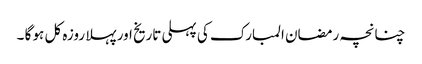
چنانچہ رمضان المبارک کی پہلی تاریخ اور پہلا روزہ کل ہو گا ۔